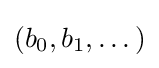
(b_{0},b_{1},\dots )